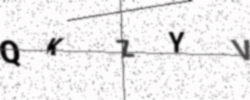
Text: QKZYV